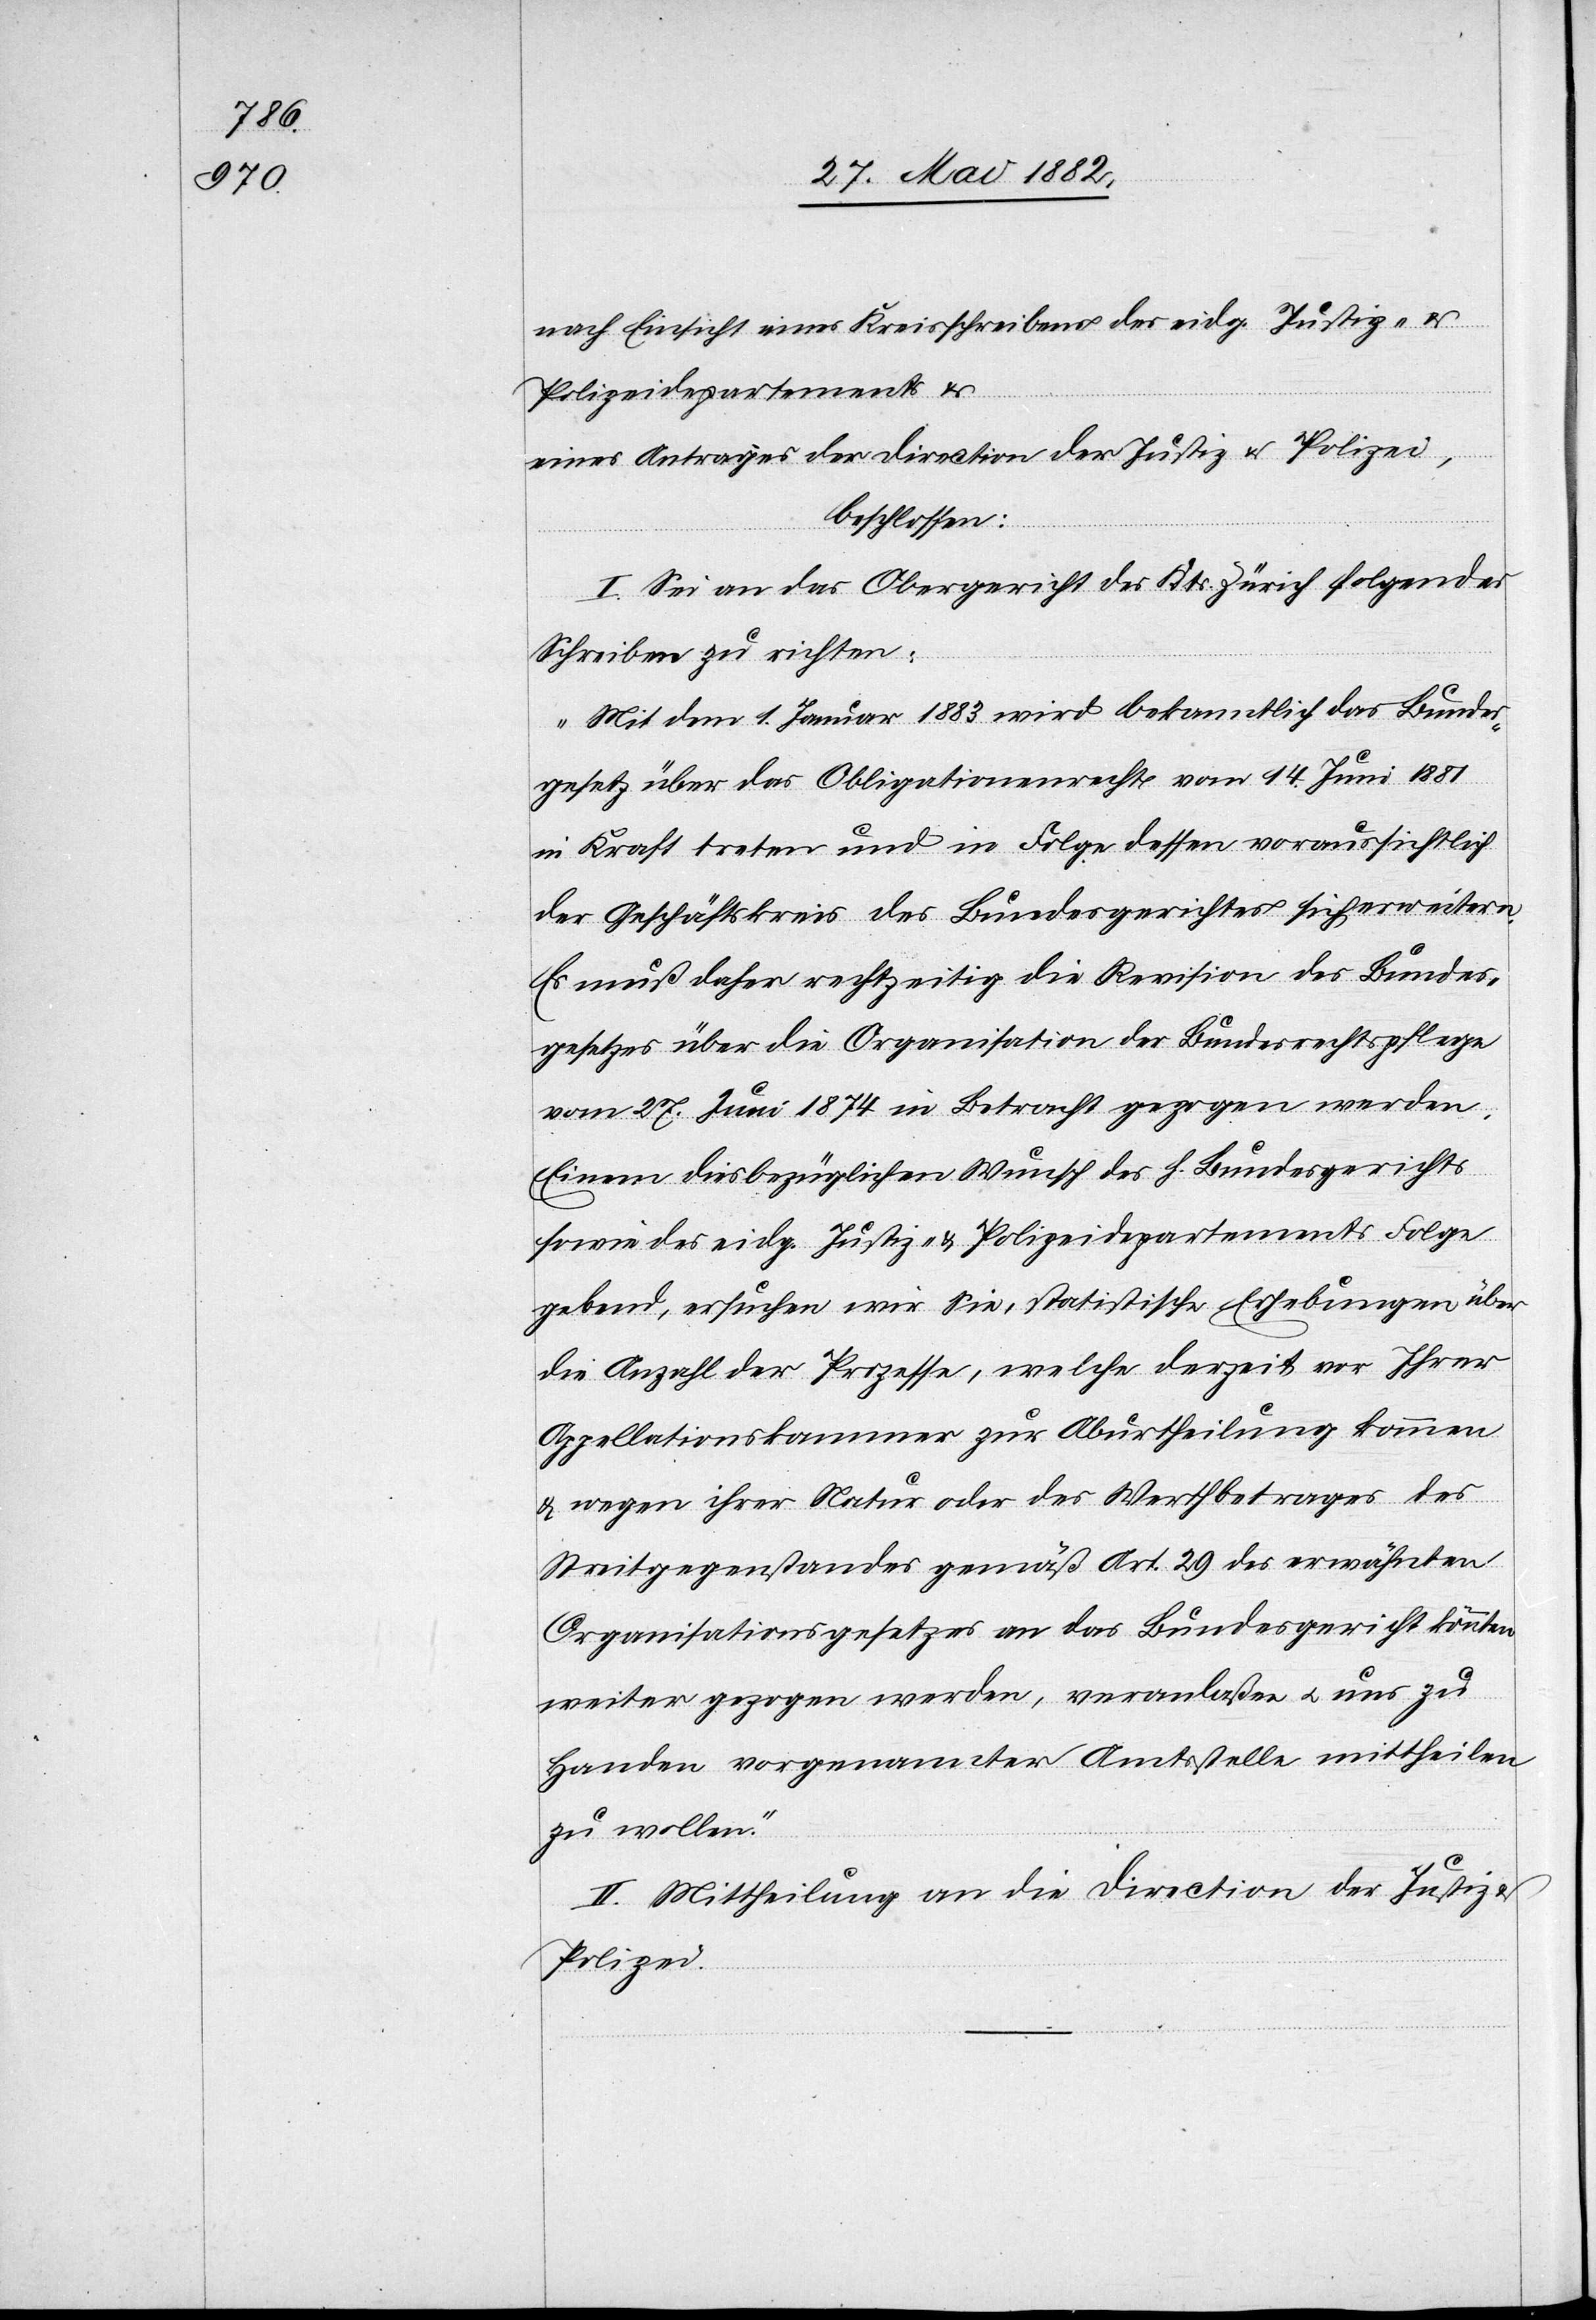
nach Einsicht eines Kreisschreibens des eidg. Justiz- &
Polizeidepartementes
eines Antrages der Direction der Justiz & Polizei,
beschlossen:
I. Sei an das Obergericht des Kts. Zürich folgendes
Schreiben zu richten:
„Mit dem 1. Januar 1883 wird bekanntlich das Bundes¬
gesetz über das Obligationenrecht vom 14. Juni 1881
in Kraft treten und in Folge dessen voraussichtlich
der Geschäftskreis des Bundesgerichtes sich erweitern.
Es muß daher rechtzeitig die Revision des Bundes¬
gesetzes über die Organisation der Bundesrechtspflege
vom 27. Juni 1874 in Betracht gezogen werden.
Einem diesbezüglichen Wunsch des h. Bundesgerichts
sowie des eidg. Justiz- & Polizeidepartements Folge
gebend, ersuchen wir Sie, statistische Erhebungen über
die Anzahl der Prozesse, welche derzeit von Ihrer
Appellationskammer zur Aburtheilung des
Streitgegenstandes gemäß Art. 29 des erwähnten
Organisationsgesetzes an das Bundesgericht könnten
weiter gezogen werden, veranlaßen u. uns zu
Handen vorgenannter Amtsstelle mittheilen
zu wollen.“
II. Mittheilung an die Direction der Justiz
Polizei.